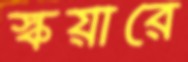
স্কয়ারে